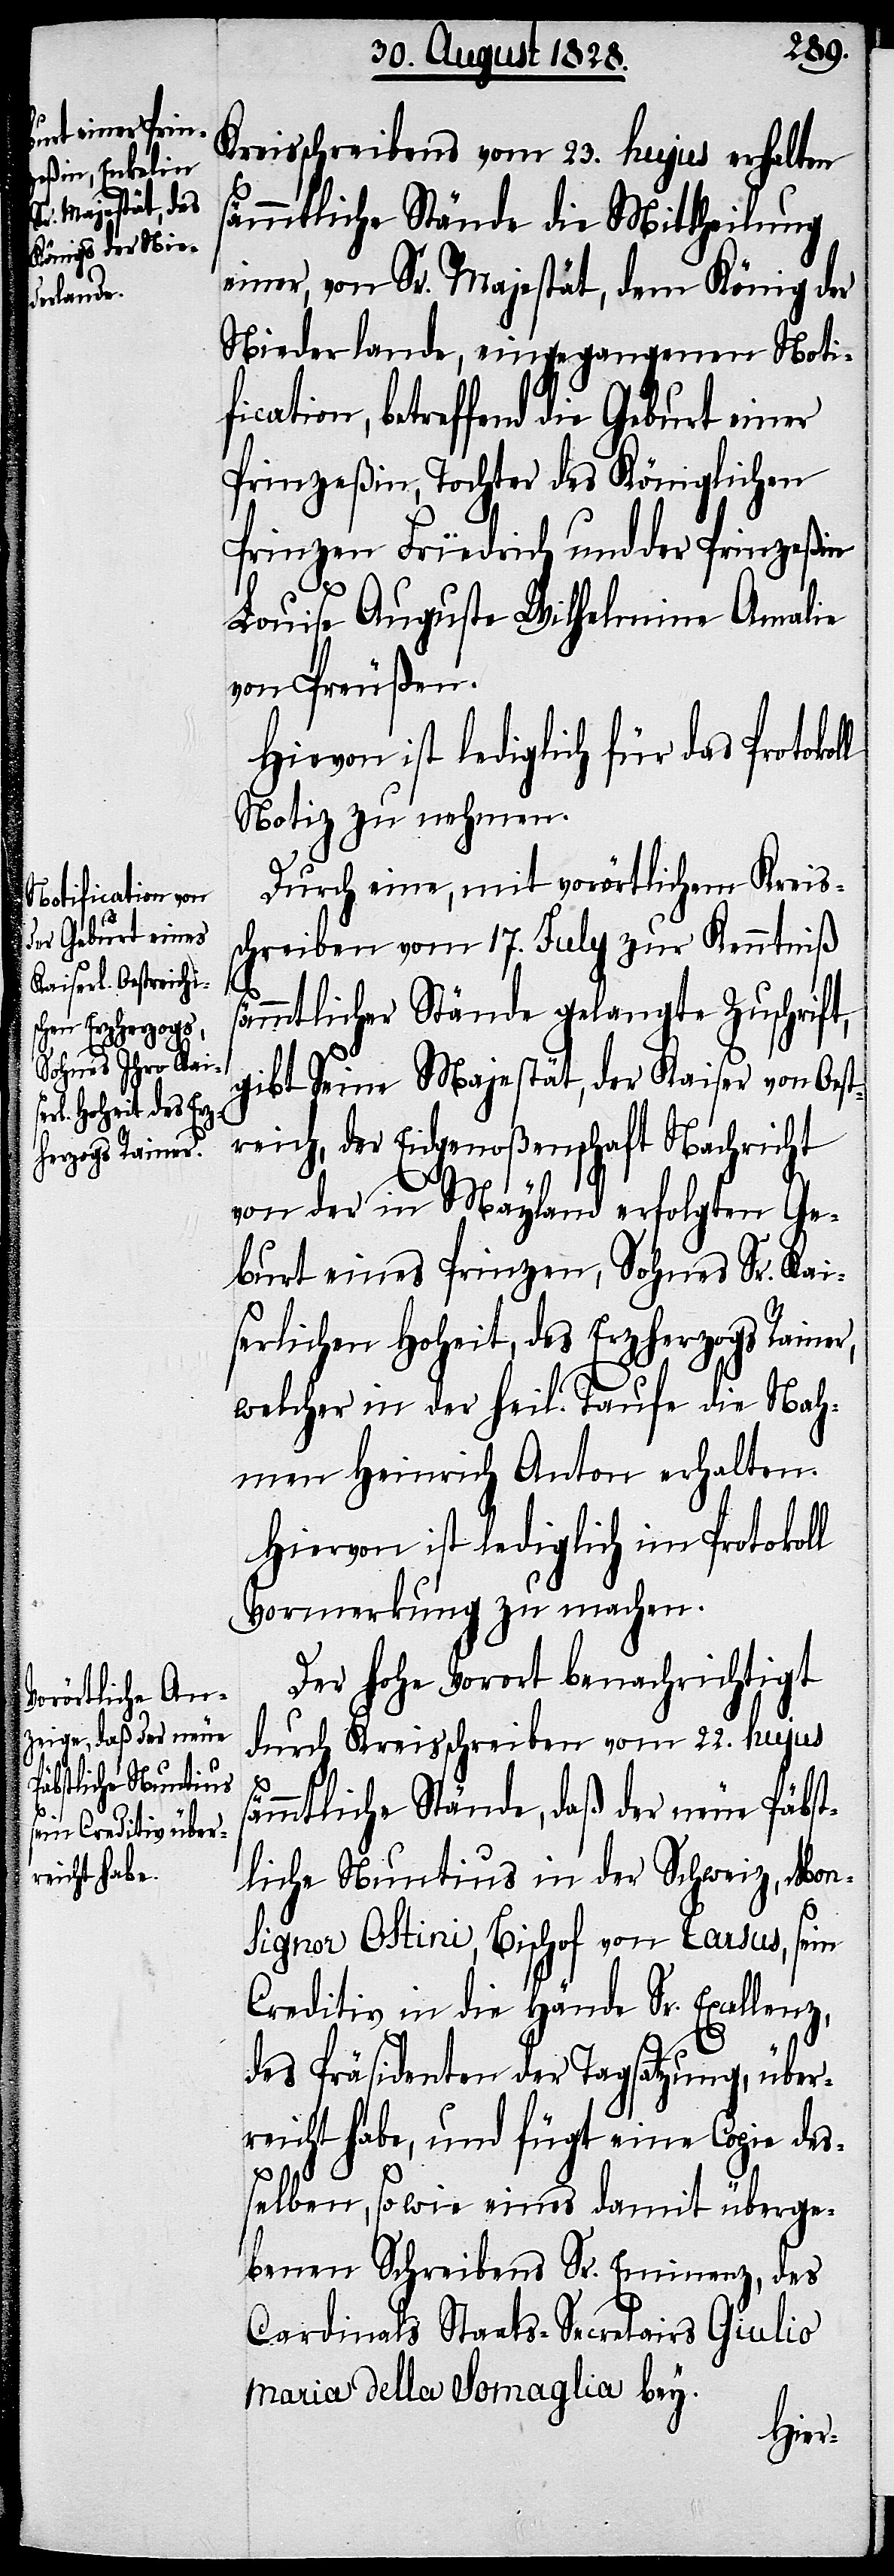
Kreisschreibens vom 23. hujus erhalten
sämmtliche Stände die Mittheilung
einer, von Sr. Majestät, dem König der
Niederlande, eingegangene Noti¬
fication, betreffend die Geburt einer
Prinzeßin, Tochter des Königlichen
Prinzen Friedrich und der Prinzeßin
Louise Auguste Wilhelmine Amalie
von Preußen.
Hievon ist lediglich für das Protokol¬
Notiz zu nehmen.
Durch eine, mit vorörtlichem Kreis¬
schreiben vom 17. July zur Kenntniß
s¬
ämmtlicher Stände gelangte Zuschrift,
gibt seine Majestät, der Kaiser von Oest¬
reich, der Eidgenoßenschaft Nachricht
von der in Mayland erfolgten Ge¬
burt eines Prinzen, Sohnes Sr. Kai¬
serlichen Hoheit, des Erzherzogs Rainer,
welcher in der heil. Tauf die Nah¬
men Heinrich Anton erhalten.
Hiervon ist lediglich im Protokoll
Vormerkung zu machen.
Der hohe Vorort benachrichtigt
durch Kreisschreiben vom 22. hujus
s¬
ämmtliche Stände, daß der neue Päbst¬
liche Nuntius in der Schweiz, Mon¬
signor Ostini, Bischof von Tarsus, sein
Creditiv in die Hände Sr. Excellenz,
des Präsidenten der Tagsatzung, über¬
reicht habe, und fügt eine Copie des¬
selben, so wie eines damit überge¬
benen Schreibens Sr. Eminenz, des
Cardinals Staats-Secretairs Gulio
Maria della Somaglia bey.